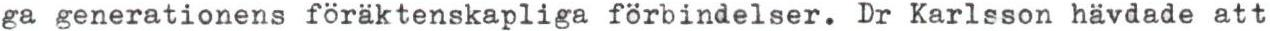
ga generationens föräktenskapliga förbindelser. Dr Karlsson hävdade att